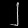
Digit: ၂